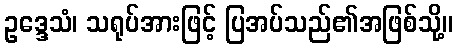
ဥဒ္ဒေသံ၊ သရုပ်အားဖြင့် ပြအပ်သည်၏အဖြစ်သို့။